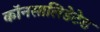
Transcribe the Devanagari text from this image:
कॉनसालिडेटेड